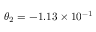
\theta _ { 2 } = - 1 . 1 3 \times 1 0 ^ { - 1 }